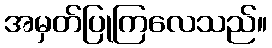
အမှတ်ပြုကြလေသည်။